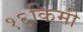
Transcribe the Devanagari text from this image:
१६किमी